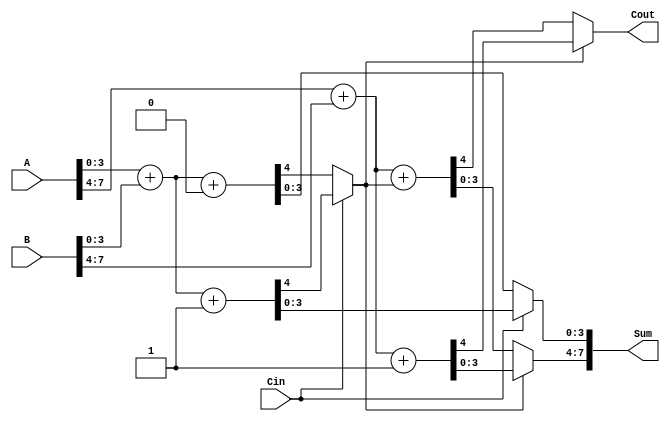
module CCSA_8bit (
    input [7:0] A,       // First operand
    input [7:0] B,       // Second operand
    input Cin,           // Carry-in
    output [7:0] Sum,    // Sum output
    output Cout          // Carry-out
);
    wire [3:0] Sum0_0, Sum1_0, Sum0_1, Sum1_1; // Partial sums for segments
    wire Carry0_0, Carry1_0, Carry0_1, Carry1_1; // Partial carries for segments
    wire Carry_out_0, Carry_out_1; // Carry outs for segments

    // First 4-bit segment
    assign {Carry0_0, Sum0_0} = A[3:0] + B[3:0] + 4'b0000; // C_in = 0
    assign {Carry1_0, Sum1_0} = A[3:0] + B[3:0] + 4'b0001; // C_in = 1

    // Second 4-bit segment
    assign {Carry0_1, Sum0_1} = A[7:4] + B[7:4] + Carry_out_0; // C_in = Carry_out_0
    assign {Carry1_1, Sum1_1} = A[7:4] + B[7:4] + (Carry_out_0 | 1'b1); // C_in = 1

    // MUX for the first segment
    assign Carry_out_0 = Cin ? Carry1_0 : Carry0_0;
    assign Sum[3:0] = Cin ? Sum1_0 : Sum0_0;

    // MUX for the second segment
    assign Carry_out_1 = Carry_out_0 ? Carry1_1 : Carry0_1;
    assign Sum[7:4] = Carry_out_0 ? Sum1_1 : Sum0_1;

    // Final carry-out
    assign Cout = Carry_out_1;

endmodule